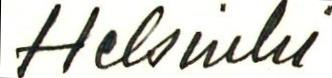
Helsinki